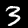
Digit: 3